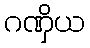
ဂဏှိယ